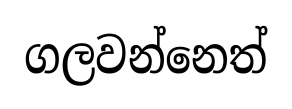
ගලවන්නෙත්